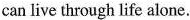
can live through life alone.